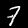
Digit: 7